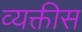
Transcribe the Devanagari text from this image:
व्‍यक्तीस